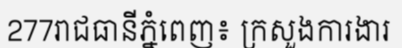
277រាជធានីភ្នំពេញ៖ ក្រសួងការងារ